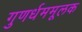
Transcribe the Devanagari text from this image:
गुणर्धममूलक